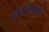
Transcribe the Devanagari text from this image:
क्षमतेप्रमाणे